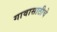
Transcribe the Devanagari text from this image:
गावासाठीचे